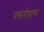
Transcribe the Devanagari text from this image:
रक्तरोडाला